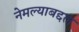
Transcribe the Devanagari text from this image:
नेमल्याबद्दल